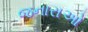
જનારાઓ